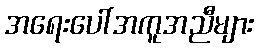
အရေးပေါ်အကူအညီများ